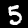
Label: 5